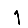
Digit: 1